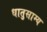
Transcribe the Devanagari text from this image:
धातुसाम्य